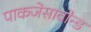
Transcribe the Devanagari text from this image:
पाकजेसावोन्ड